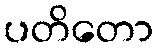
ပတိတော